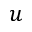
u